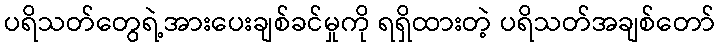
ပရိသတ်တွေရဲ့အားပေးချစ်ခင်မှုကို ရရှိထားတဲ့ ပရိသတ်အချစ်တော်